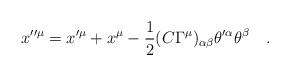
\begin{align*}x''^\mu = x'^\mu +x^\mu -{1 \over 2} (C \Gamma^\mu)_{\alpha\beta} \theta'^\alpha \theta^\beta\quad.\end{align*}